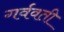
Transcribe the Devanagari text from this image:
गर्ववती